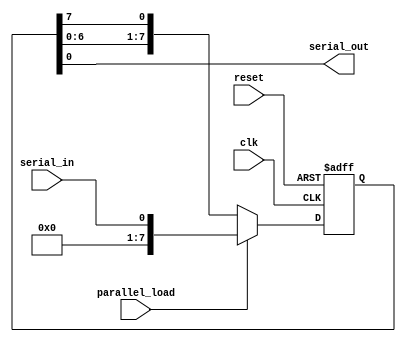
module shift_register (
    input wire clk,
    input wire reset,
    input wire parallel_load,
    input wire serial_in,
    output reg serial_out
);

reg [7:0] reg_data;

always @(posedge clk or posedge reset) begin
    if (reset) begin
        reg_data <= 8'b0;
    end else if (parallel_load) begin
        reg_data <= serial_in;
    end else begin
        reg_data <= {reg_data[6:0], reg_data[7]};
    end
end

assign serial_out = reg_data[0];

endmodule